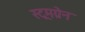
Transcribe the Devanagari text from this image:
स्ट्रमग्रेन